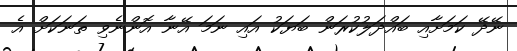
ނޭދޭ ކަމަށާއި ބައްދަލުކުރަން ބަޔަކު އައި ނަމަ އޭނާ އޮންނެވި ތަނަކަށް އެ